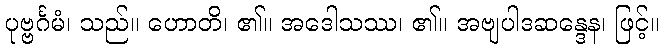
ပုဗ္ဗင်္ဂမံ၊ သည်။ ဟောတိ၊ ၏။ အဒေါသဿ၊ ၏။ အဗျပါဒဆန္ဒေန၊ ဖြင့်။